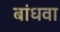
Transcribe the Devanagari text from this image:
बांधवा